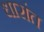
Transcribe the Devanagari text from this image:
धारांत